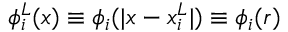
\phi _ { i } ^ { L } ( \boldsymbol { x } ) \equiv \phi _ { i } ( | \boldsymbol { x } - \boldsymbol { x } _ { i } ^ { L } | ) \equiv \phi _ { i } ( r )